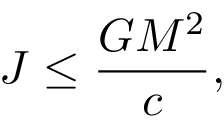
J \leq { \frac { G M ^ { 2 } } { c } } ,